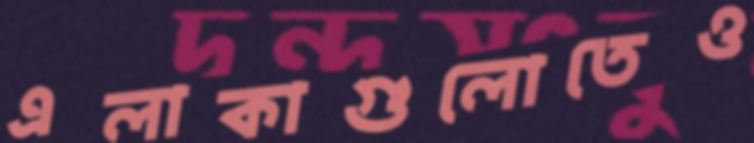
এলাকাগুলোতেও